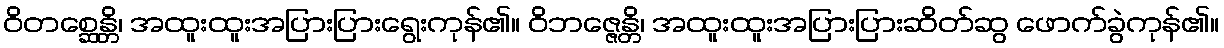
ဝိတစ္ဆေန္တိ၊ အထူးထူးအပြားပြားရွေးကုန်၏။ ဝိဘဇ္ဇေန္တိ၊ အထူးထူးအပြားပြားဆိတ်ဆွ ဖောက်ခွဲကုန်၏။